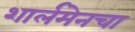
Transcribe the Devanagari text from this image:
शार्लमेनचा